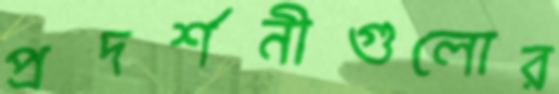
প্রদর্শনীগুলোর